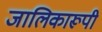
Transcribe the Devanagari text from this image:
जालिकारूपी